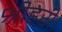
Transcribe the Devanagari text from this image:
श्रीहरी।